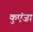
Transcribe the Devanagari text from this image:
कुएंज़ा